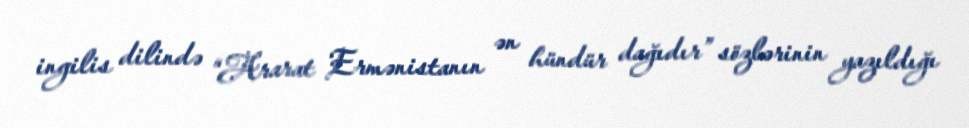
ingilis dilində “Ararat Ermənistanın ən hündür dağıdır” sözlərinin yazıldığı